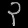
Digit: ၃